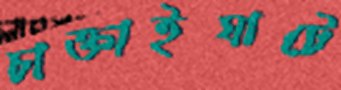
চাক্তাইঘাটে